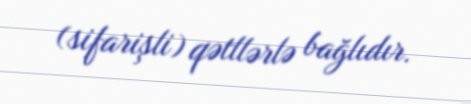
(sifarişli) qətllərlə bağlıdır.